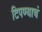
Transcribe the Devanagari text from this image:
टिपण्याचं